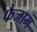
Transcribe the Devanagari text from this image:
फैजाम